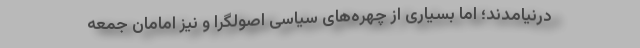
درنیامدند؛ اما بسیاری از چهره‌های سیاسی اصولگرا و نیز امامان جمعه